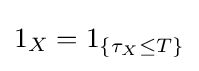
1_{X}=1_{\{\tau _{X}\leq T\}}